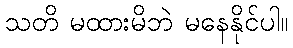
သတိ မထားမိဘဲ မနေနိုင်ပါ။